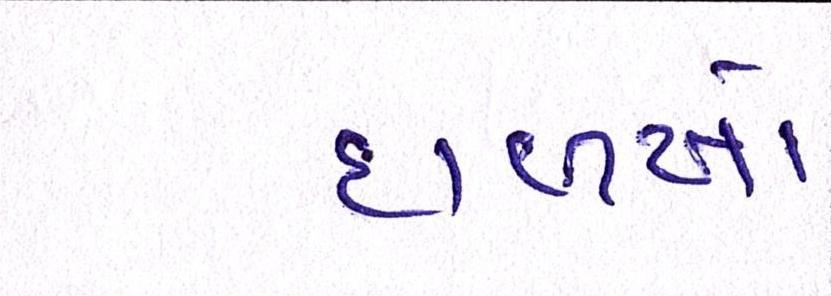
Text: દાળખો